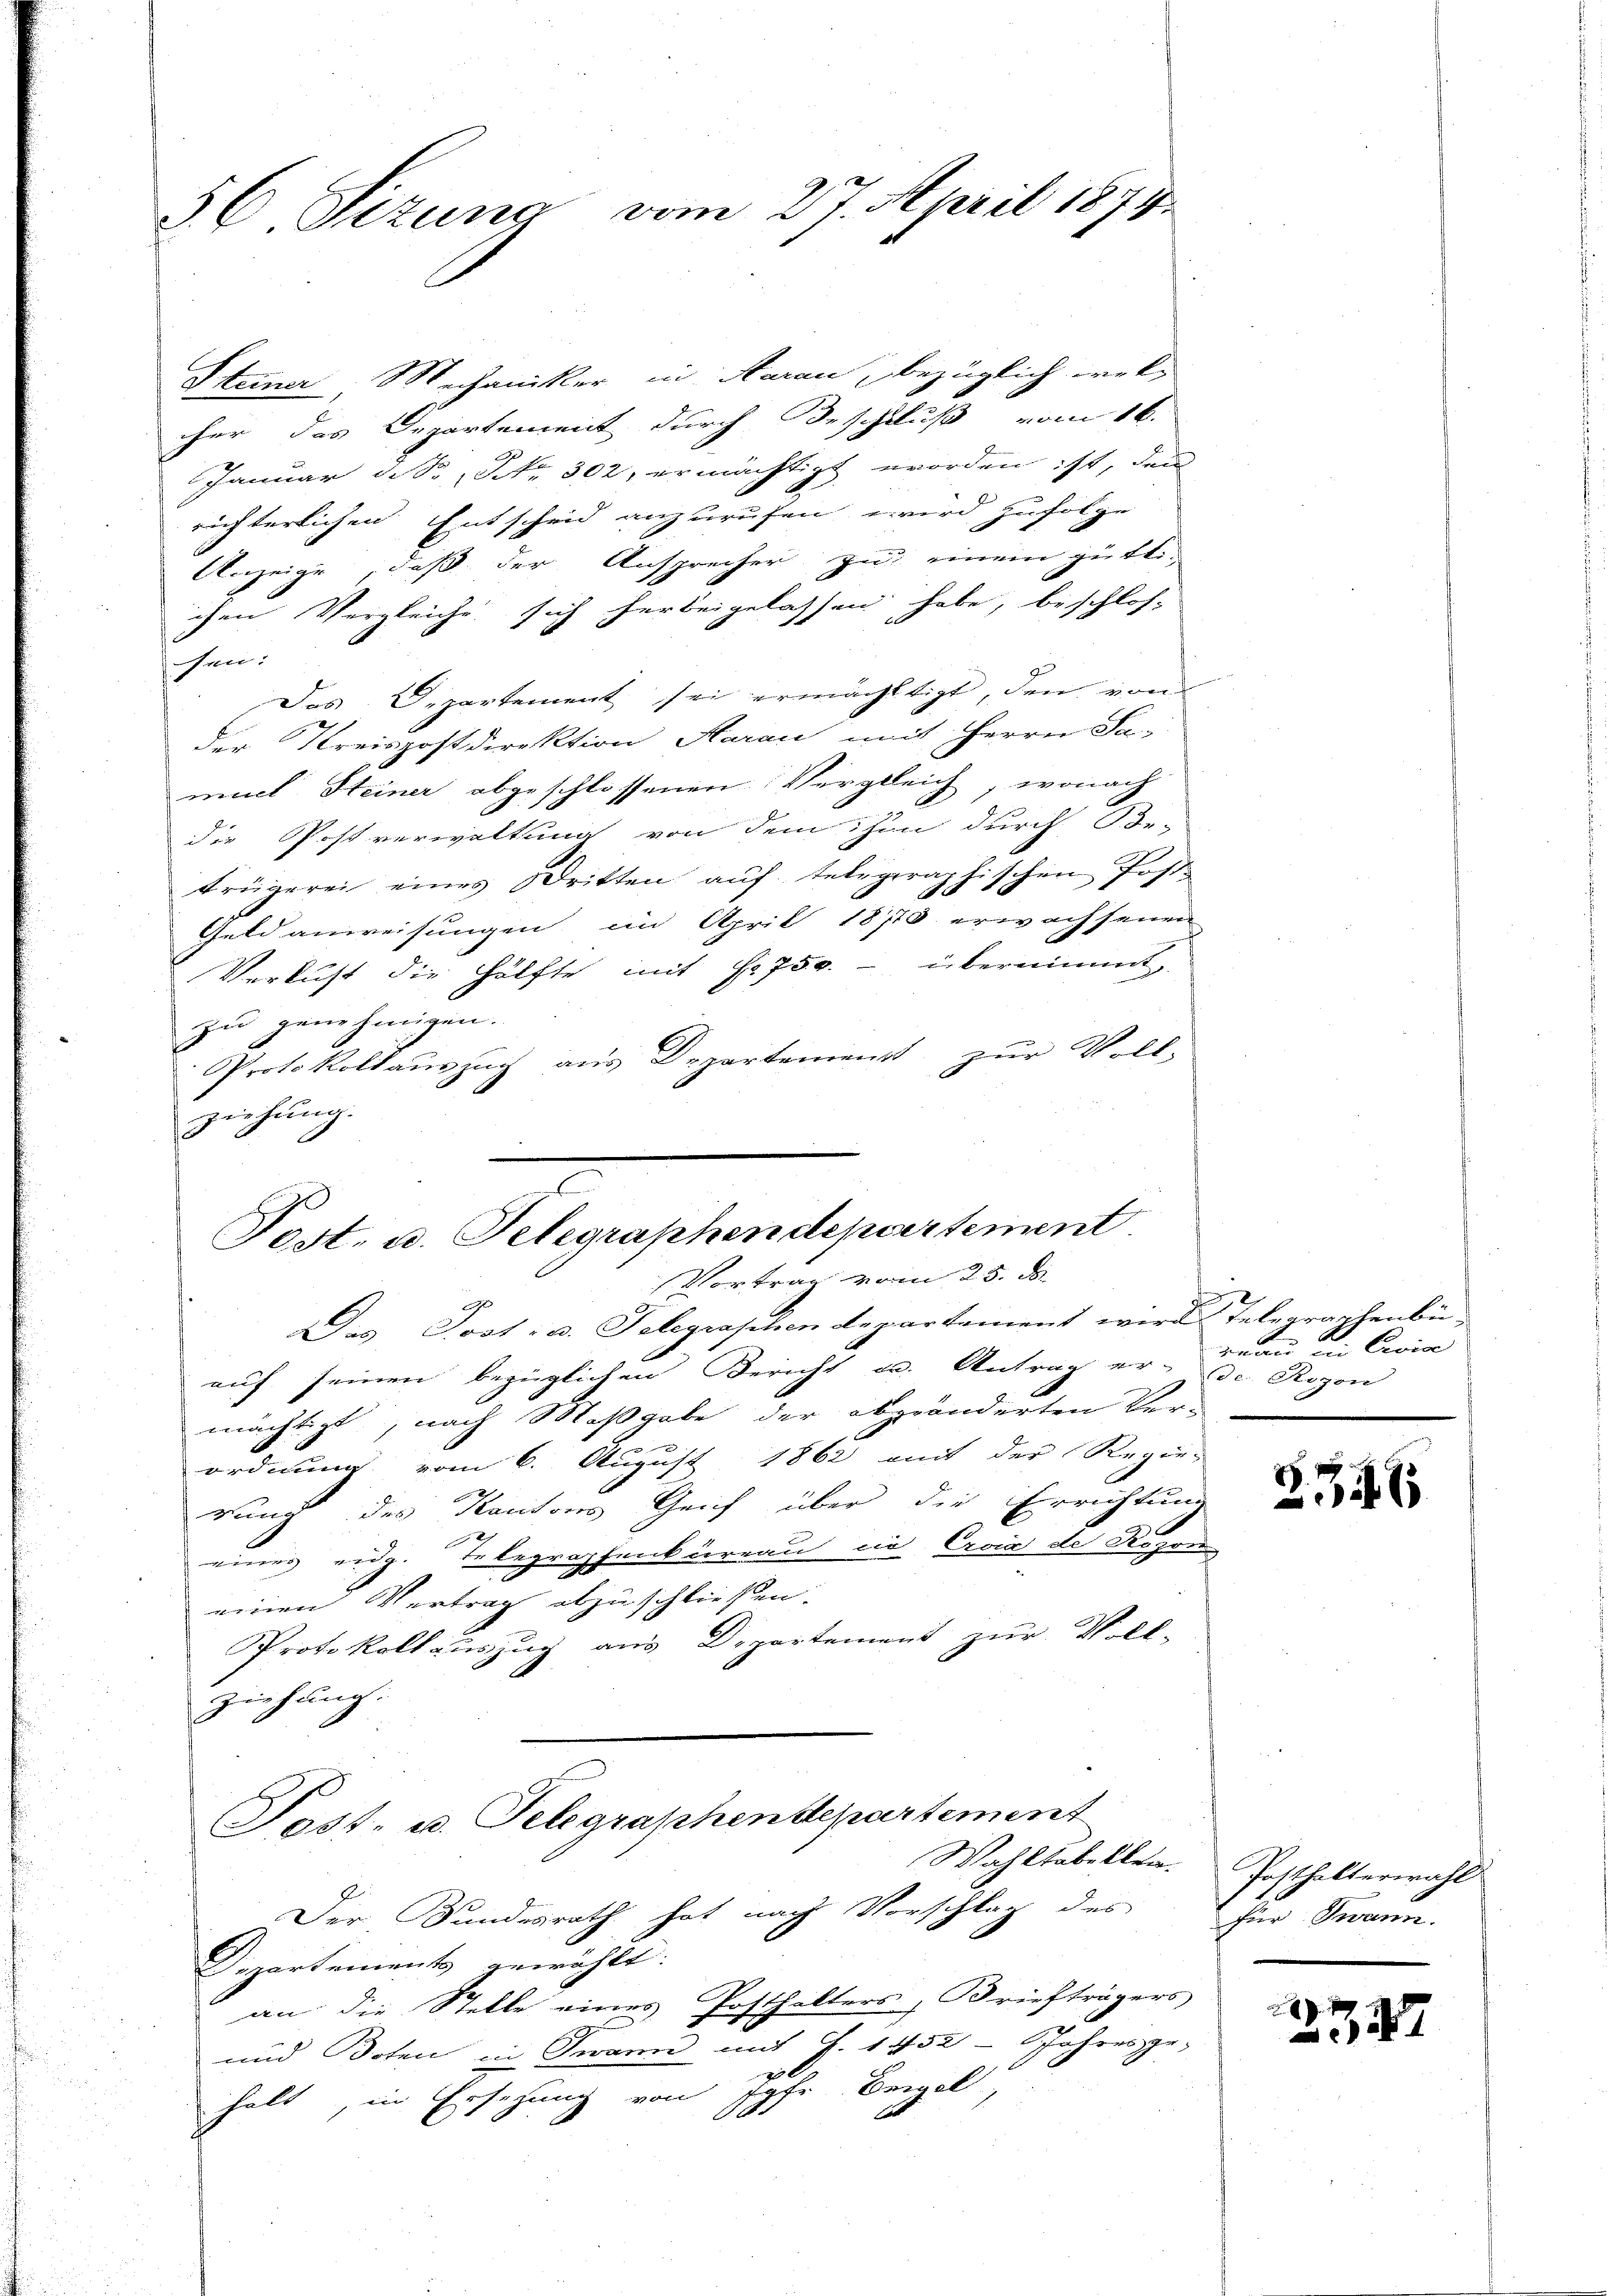
36 Sizung vom 27. April 1874.

Steiner Mechaniker in Aarau, bezüglich wel-
cher das Departement durch Beschluß vom 16.
Januar d. S. Nr. 302, ermächtigt worden ist, den
richterlichen Entscheid anzurufen wird zufolge
Anzeige, daß der Ansprecher zu einem gütti-
chen Vergleiche sich herbeigelassen habe, beschlos-
sen:
Das Departement sei ermächtigt, den von
der Kreispostdirektion Aarau mit Herrn Sa-
muel Steiner abgeschlossenen Vergleich, wonach
e
die Postverwaltung von dem ihm durch Be-
trügerei eines Dritten aŭf telegraphischen Post-
Geld anweisungen im April 18710 erwachsenen
Verlust die Hälfte mit Fr. 750. - übernimmt,
zu genehmigen.
Protokollaŭszŭg aŭs Departement zŭr Voll-
ziehung.
Das Post- u. Telegraschen departement werde Telegraschenbü
auf seinen bezüglichen Bericht u. Antrag er- de Rozon
mächtigt, nach Maßgabe der abgeänderten Ver¬
.
ordnung vom 6. August 1862 mit der Regie-
rung des Kantons Genf über die Errichtung
2
eines eidg. Erbegraphenkureau es, Evia de Rosen-
einen Vertrag abzuschließen.
Protokollauszug aus Departement zur Voll-
ziehung.
Post- u. Telegraphendepartement
Wahltabellen.
Der Bundesrath hat nach Vorschlag des für Twann.
D. rtements gewählt:
an die Stelle eines Posthalters, Briefträgers
und Boten in Twann mit S. 1452 - Jahresge-
halt, in Ersetzung von Jahr Beigel

Post. u. Telegraphendepartement
Vortrag vom 25. ds.

Frau in Cavia

2346

Posthalterwahl

d
47